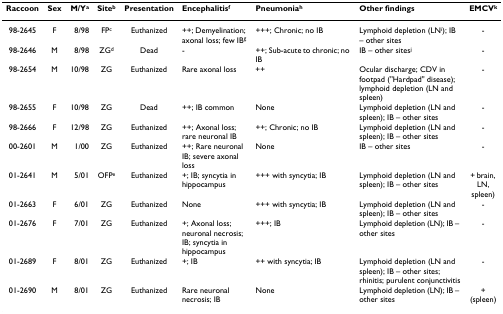
<table><thead><tr><td><b>Raccoon</b></td><td><b>Sex</b></td><td><b>M/Y<sup>a</sup></b></td><td><b>Site<sup>b</sup></b></td><td><b>Presentation</b></td><td><b>Encephalitis<sup>f</sup></b></td><td><b>Pneumonia<sup>h</sup></b></td><td><b>Other findings</b></td><td><b>EMCV<sup>k</sup></b></td></tr></thead><tbody><tr><td>98-2645</td><td>F</td><td>8/98</td><td>FP<sup>c</sup></td><td>Euthanized</td><td>++; Demyelination; axonal loss; few IB<sup>g</sup></td><td>+++; Chronic; no IB</td><td>Lymphoid depletion (LN<sup>i</sup>); IB – other sites</td><td>-</td></tr><tr><td>98-2646</td><td>M</td><td>8/98</td><td>ZG<sup>d</sup></td><td>Dead</td><td>-</td><td>++; Sub-acute to chronic; no IB</td><td>IB – other sites<sup>j</sup></td><td>-</td></tr><tr><td>98-2654</td><td>M</td><td>10/98</td><td>ZG</td><td>Euthanized</td><td>Rare axonal loss</td><td>++</td><td>Ocular discharge; CDV in footpad (&quot;Hardpad&quot; disease); lymphoid depletion (LN and spleen)</td><td>-</td></tr><tr><td>98-2655</td><td>F</td><td>10/98</td><td>ZG</td><td>Dead</td><td>++; IB common</td><td>None</td><td>Lymphoid depletion (LN and spleen); IB – other sites</td><td>-</td></tr><tr><td>98-2666</td><td>F</td><td>12/98</td><td>ZG</td><td>Euthanized</td><td>++; Axonal loss; rare neuronal IB</td><td>++; Chronic; no IB</td><td>Lymphoid depletion (LN and spleen); IB – other sites</td><td>-</td></tr><tr><td>00-2601</td><td>M</td><td>1/00</td><td>ZG</td><td>Euthanized</td><td>++; Rare neuronal IB; severe axonal loss</td><td>None</td><td>IB – other sites</td><td>-</td></tr><tr><td>01-2641</td><td>M</td><td>5/01</td><td>OFP<sup>e</sup></td><td>Euthanized</td><td>+; IB; syncytia in hippocampus</td><td>+++ with syncytia; IB</td><td>Lymphoid depletion (LN and spleen); IB – other sites</td><td>+ brain, LN, spleen)</td></tr><tr><td>01-2663</td><td>F</td><td>6/01</td><td>ZG</td><td>Euthanized</td><td>None</td><td>+++ with syncytia; IB</td><td>Lymphoid depletion (LN and spleen); IB – other sites</td><td>-</td></tr><tr><td>01-2676</td><td>F</td><td>7/01</td><td>ZG</td><td>Euthanized</td><td>+; Axonal loss; neuronal necrosis; IB; syncytia in hippocampus</td><td>+++; IB</td><td>Lymphoid depletion (LN); IB – other sites</td><td>-</td></tr><tr><td>01-2689</td><td>F</td><td>8/01</td><td>ZG</td><td>Euthanized</td><td>+; IB</td><td>++ with syncytia; IB</td><td>Lymphoid depletion (LN and spleen); IB – other sites; rhinitis; purulent conjunctivitis</td><td>-</td></tr><tr><td>01-2690</td><td>M</td><td>8/01</td><td>ZG</td><td>Euthanized</td><td>Rare neuronal necrosis; IB</td><td>None</td><td>Lymphoid depletion (LN); IB – other sites</td><td>+ (spleen)</td></tr></tbody></table>